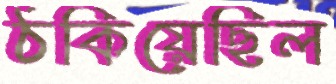
ঠকিয়েছিল